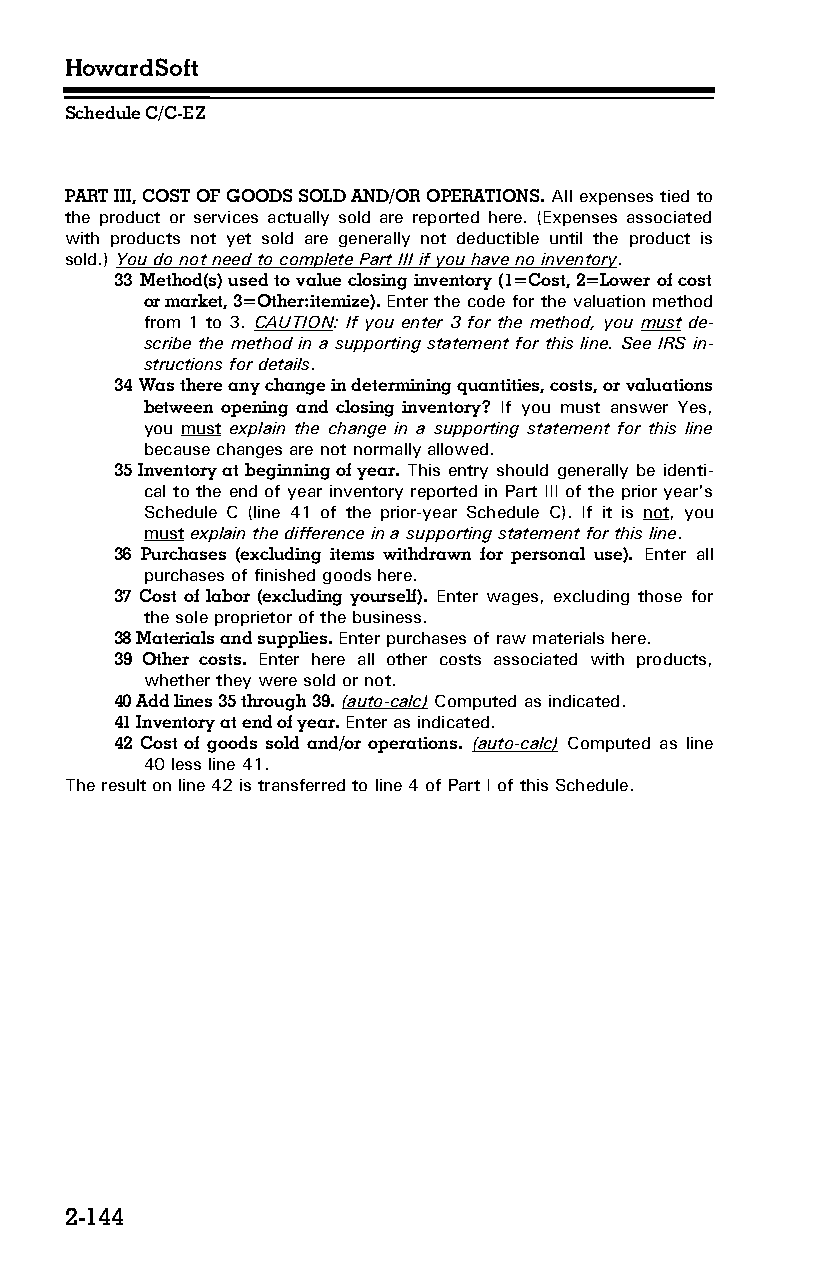
HowardSoft
 Schedule C/C-EZ
 PART III, COST OF GOODS SOLD AND/OR OPERATIONS. All expenses tied to
 the product or services actually sold are reported here. (Expenses associated
 with products not yet sold are generally not deductible until the product is
 sold.) You do not need to complete Part III if you have no inventory.
 33 Method(s) used to value closing inventory (1=Cost, 2=Lower of cost
 or market, 3=Other:itemize). Enter the code for the valuation method
 from 1 to 3. CAUTION: If you enter 3 for the method, you must de­
 scribe the method in a supporting statement for this line. See IRS in­
 structions for details.
 34 Was there any change in determining quantities, costs, or valuations
 between opening and closing inventory? If you must answer Yes,
 you must explain the change in a supporting statement for this line
 because changes are not normally allowed.
 35 Inventory at beginning of year. This entry should generally be identi­
 cal to the end of year inventory reported in Part III of the prior year's
 Schedule C (line 41 of the prior-year Schedule C). If it is not, you
 must explain the difference in a supporting statement for this line.
 36 Purchases (excluding items withdrawn for personal use). Enter all
 purchases of finished goods here.
 37 Cost of labor (excluding yourself). Enter wages, excluding those for
 the sole proprietor of the business.
 38 Materials and supplies. Enter purchases of raw materials here.
 39 Other costs. Enter here all other costs associated with products,
 whether they were sold or not.
 40 Add lines 35 through 39. (auto-calc) Computed as indicated.
 41 Inventory at end of year. Enter as indicated.
 42 Cost of goods sold and/or operations. (auto-calc) Computed as line
 40 less line 41.
 The result on line 42 is transferred to line 4 of Part I of this Schedule.
 2-144